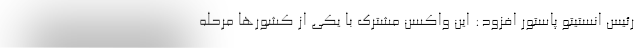
رئیس انستیتو پاستور افزود: این واکسن مشترک با یکی از کشورها مرحله